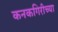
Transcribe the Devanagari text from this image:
कनकगिरीच्या